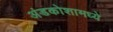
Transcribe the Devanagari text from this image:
अंडकोशामध्ये